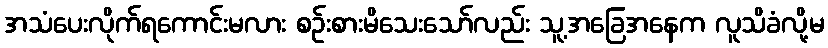
အသံပေးလိုက်ရကောင်းမလား စဉ်းစားမိသေးသော်လည်း သူ့အခြေအနေက လူသိခံလို့မ